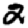
Digit: 2